Civil Veterinary Department. Central Provinces & Berar 1925-31 - 1925-1931
Year: 1925
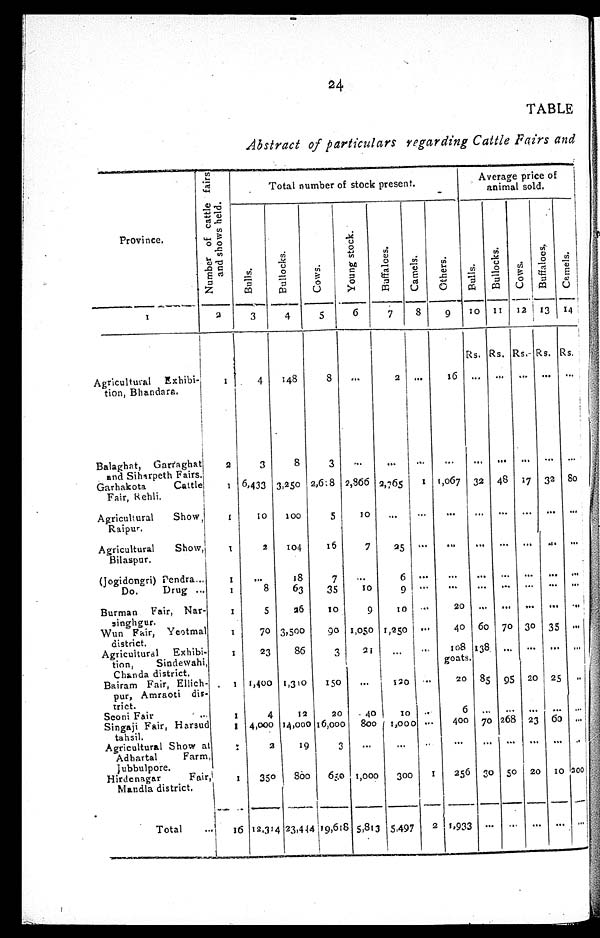
24
TABLE
Abstract of particulars regarding Cattle Fairs and
Province.
1
Agricultural Exhibi-
tion, Bhandara.
Balaghat, Garraghat
and Siharpeth Fairs.
Garhakota
Cattle
Fair, Rehli.
Agricultural
Show,
Raipur.
Agricultural
Show,
Bilaspar.
(Jogidongri) Pendra ...
Do.
Drug ...
Burman Fair, Nar-
singhgur.
Wun Fair, Yeotmal
district.
Agricultural Exhibi-
tion,
Sindewahi,
Chanda district.
Bairam Fair, Ellich-
pur, Amraoti dis-
trict.
Seoni Fair ...
Singaji Fair, Harsud
tahsil.
Agricultural Show at
Adhartal
Farm
Jubbulpore.
Hirdenagar
Fair
Mandla district.
Total ...
Number of cattle fairs
and shows held.
2
1
2
1
1
1
1
1
1
1
1
1
1
1
1
1
16
Total number of stock present.
Bulls.
3
4
3
6,433
10
2
...
8
5
70
23
1,400
4
4,000
2
350
12,314
Bullocks.
4
148
8
3,250
100
104
18
63
26
3,500
86
1,310
12
14,000
19
800
23,444
Cows.
5
8
3
2,618
5
16
7
35
10
90
3
150
20
16,000
3
650
19,618
Young stock.
6
...
...
2,866
10
7
...
10
9
1,050
21
...
40
800
...
1,000
5,813
Buffaloes.
7
2
...
2,765
...
25
6
9
10
1,250
...
120
10
1,000
...
300
5,497
Camels.
8
...
...
1
...
...
...
...
...
...
...
...
...
...
1
2
Others.
9
16
...
1,067
...
...
...
...
20
40
108
goats.
20
6
400
...
256
1,933
Average price of
animal sold.
Bulls.
10
Rs.
...
...
32
...
...
...
...
...
60
138
85
...
70
...
30
...
Bullocks.
11
Rs.
...
...
48
...
...
...
...
...
70
...
95
...
268
...
50
...
Cows.
12
Rs.
...
...
17
...
...
...
...
...
30
...
20
...
23
...
20
...
Buffaloes.
13
Rs.
...
...
32
...
...
...
...
...
35
...
25
...
60
...
10
...
Camels.
14
Rs.
...
...
80
...
...
...
...
...
...
...
...
...
...
...
200
...